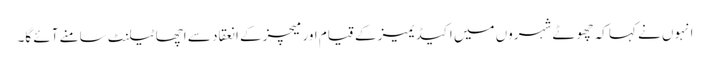
انہوں نے کہا کہ چھوٹے شہروں میں اکیڈیمیز کے قیام اور میچز کے انعقاد سے اچھا ٹیلنٹ سامنے آئے گا۔